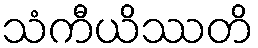
သံကီယိဿတိ